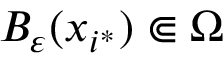
B _ { \varepsilon } ( x _ { i ^ { * } } ) \Subset \Omega